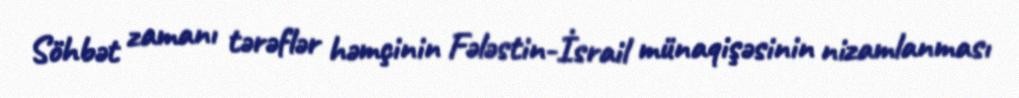
Söhbət zamanı tərəflər həmçinin Fələstin-İsrail münaqişəsinin nizamlanması